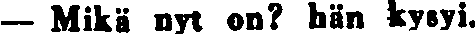
— Mikä nyt on? hän kysyi.